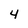
Character: 4